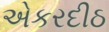
એકરદીઠ